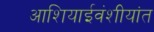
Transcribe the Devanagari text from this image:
आशियाईवंशीयांत